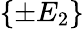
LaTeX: \{ \pm E_{2}\}